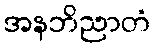
အနဘိညာတံ